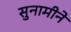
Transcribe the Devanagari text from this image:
सुनामीने